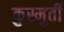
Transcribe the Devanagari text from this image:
क्रुस्मुर्ती